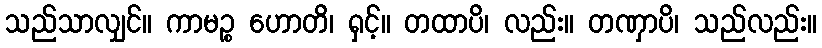
သည်သာလျှင်။ ကာမဉ္စ ဟောတိ၊ ရှင့်။ တထာပိ၊ လည်း။ တဏှာပိ၊ သည်လည်း။